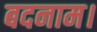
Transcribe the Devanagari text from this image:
बदनाम।